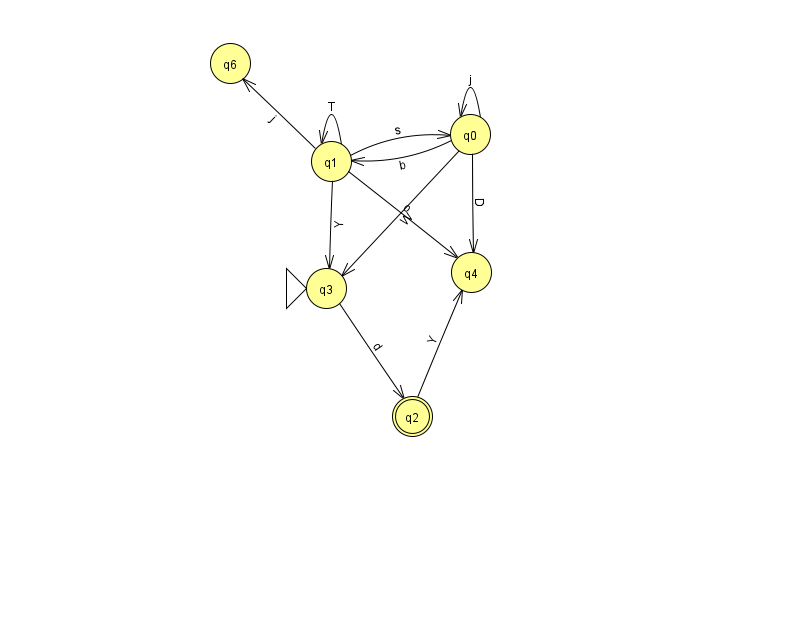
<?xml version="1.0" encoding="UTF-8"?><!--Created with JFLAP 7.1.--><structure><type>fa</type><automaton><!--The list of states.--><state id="0" name="q0"><x>470.0</x><y>121.0</y></state><state id="1" name="q1"><x>331.0</x><y>148.0</y></state><state id="2" name="q2"><x>412.0</x><y>403.0</y><final/></state><state id="3" name="q3"><x>326.0</x><y>275.0</y><initial/></state><state id="4" name="q4"><x>471.0</x><y>259.0</y></state><state id="6" name="q6"><x>230.0</x><y>50.0</y></state><!--The list of transitions.--><transition><from>0</from><to>1</to><read>b</read></transition><transition><from>2</from><to>4</to><read>Y</read></transition><transition><from>1</from><to>0</to><read>s</read></transition><transition><from>1</from><to>1</to><read>T</read></transition><transition><from>1</from><to>3</to><read>Y</read></transition><transition><from>1</from><to>4</to><read>o</read></transition><transition><from>1</from><to>6</to><read>j</read></transition><transition><from>0</from><to>0</to><read>j</read></transition><transition><from>0</from><to>3</to><read>W</read></transition><transition><from>3</from><to>2</to><read>d</read></transition><transition><from>0</from><to>4</to><read>D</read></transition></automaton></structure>